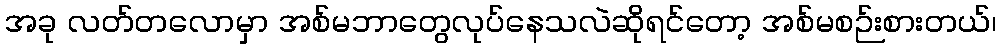
အခု လတ်တလောမှာ အစ်မဘာတွေလုပ်နေသလဲဆိုရင်တော့ အစ်မစဉ်းစားတယ်၊